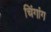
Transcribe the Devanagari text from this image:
चिंगांग